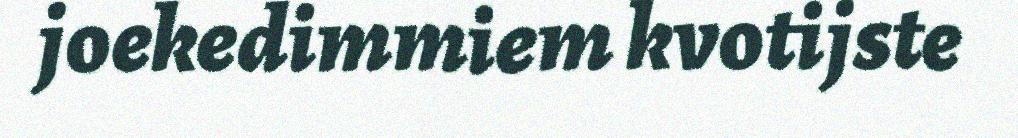
joekedimmiem kvotijste